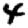
Digit: 4